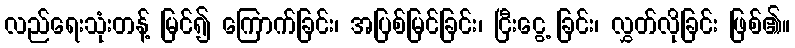
လည်ရေးသုံးတန့် မြင်၍ ကြောက်ခြင်း၊ အပြစ်မြင်ခြင်း၊ ငြီးငွေ့ ခြင်း၊ လွှတ်လိုခြင်း ဖြစ်၏။